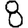
Digit: 8